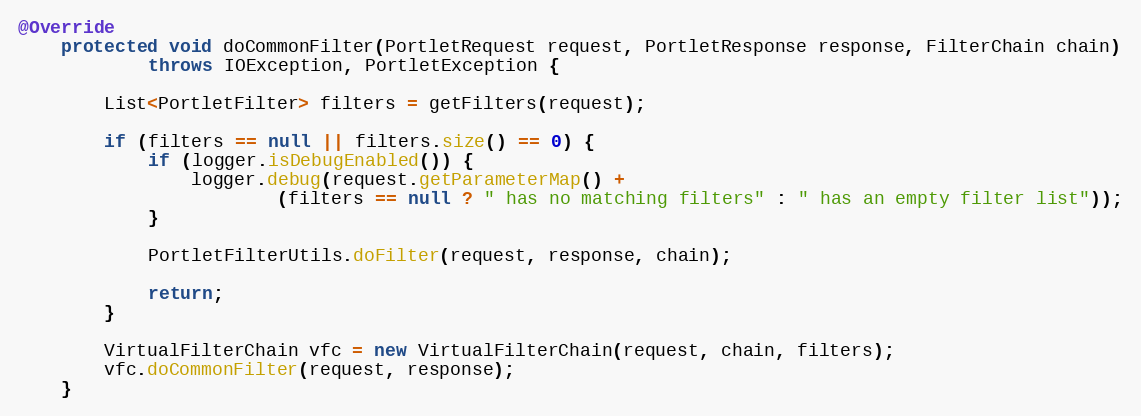
Language: Java
@Override
    protected void doCommonFilter(PortletRequest request, PortletResponse response, FilterChain chain)
            throws IOException, PortletException {

        List<PortletFilter> filters = getFilters(request);

        if (filters == null || filters.size() == 0) {
            if (logger.isDebugEnabled()) {
                logger.debug(request.getParameterMap() +
                        (filters == null ? " has no matching filters" : " has an empty filter list"));
            }

            PortletFilterUtils.doFilter(request, response, chain);

            return;
        }

        VirtualFilterChain vfc = new VirtualFilterChain(request, chain, filters);
        vfc.doCommonFilter(request, response);
    }